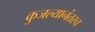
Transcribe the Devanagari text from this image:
कुजल्यानंतरच